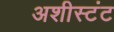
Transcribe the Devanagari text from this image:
अशीस्टंट